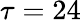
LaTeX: \tau=24